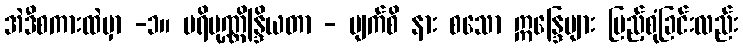
အဲဒီစကားထဲမှာ -၁။ ပရိပုဏ္ဏိန္ဒြိယတာ - မျက်စိ နား စသော ဣန္ဒြေများ ပြည့်စုံခြင်းလည်း